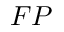
F P